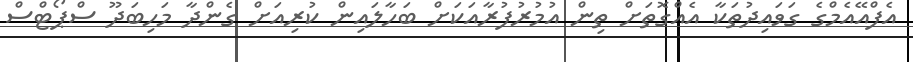
އެފްއޭއެމްގެ ގަވައިދުތަކާ އެއްގޮތަށް ތިން އުމުރުފުރާއަކަށް ބަހާލައިން ކުރިއަށް ގެންދާ މަހިބަދޫ ސްޕޯޓްސް